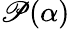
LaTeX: \mathscr{P}(\alpha)